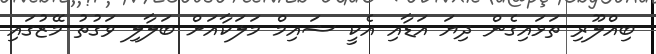
ބިއްލޫރި ތަޅައިގެން ދިޔަ އަޑާއި އެކީ ޝައިމް މަލަކާއަށް ބަލާލި ވަގުތު މޭޒުގައި